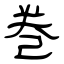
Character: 巻